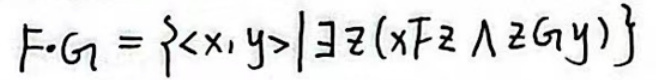
$F \cdot G = \{ \langle x, y \rangle | \exists z ( x F z \land z G y ) \}$